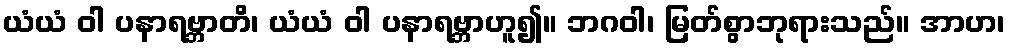
ယံယံ ဝါ ပနာရဗ္ဘာတိ၊ ယံယံ ဝါ ပနာရဗ္ဘာဟူ၍။ ဘဂဝါ၊ မြတ်စွာဘုရားသည်။ အာဟ၊